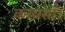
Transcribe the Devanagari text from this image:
कायसाँ।